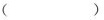
()